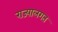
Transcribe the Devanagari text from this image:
राज्यालगत